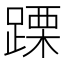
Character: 𨃙